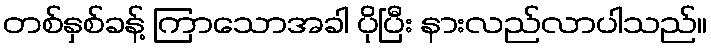
တစ်နှစ်ခန့် ကြာသောအခါ ပိုပြီး နားလည်လာပါသည်။